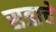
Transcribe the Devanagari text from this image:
सत्राचे